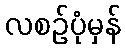
လစဉ်ပုံမှန်